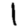
Digit: 1